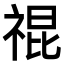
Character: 𥚛